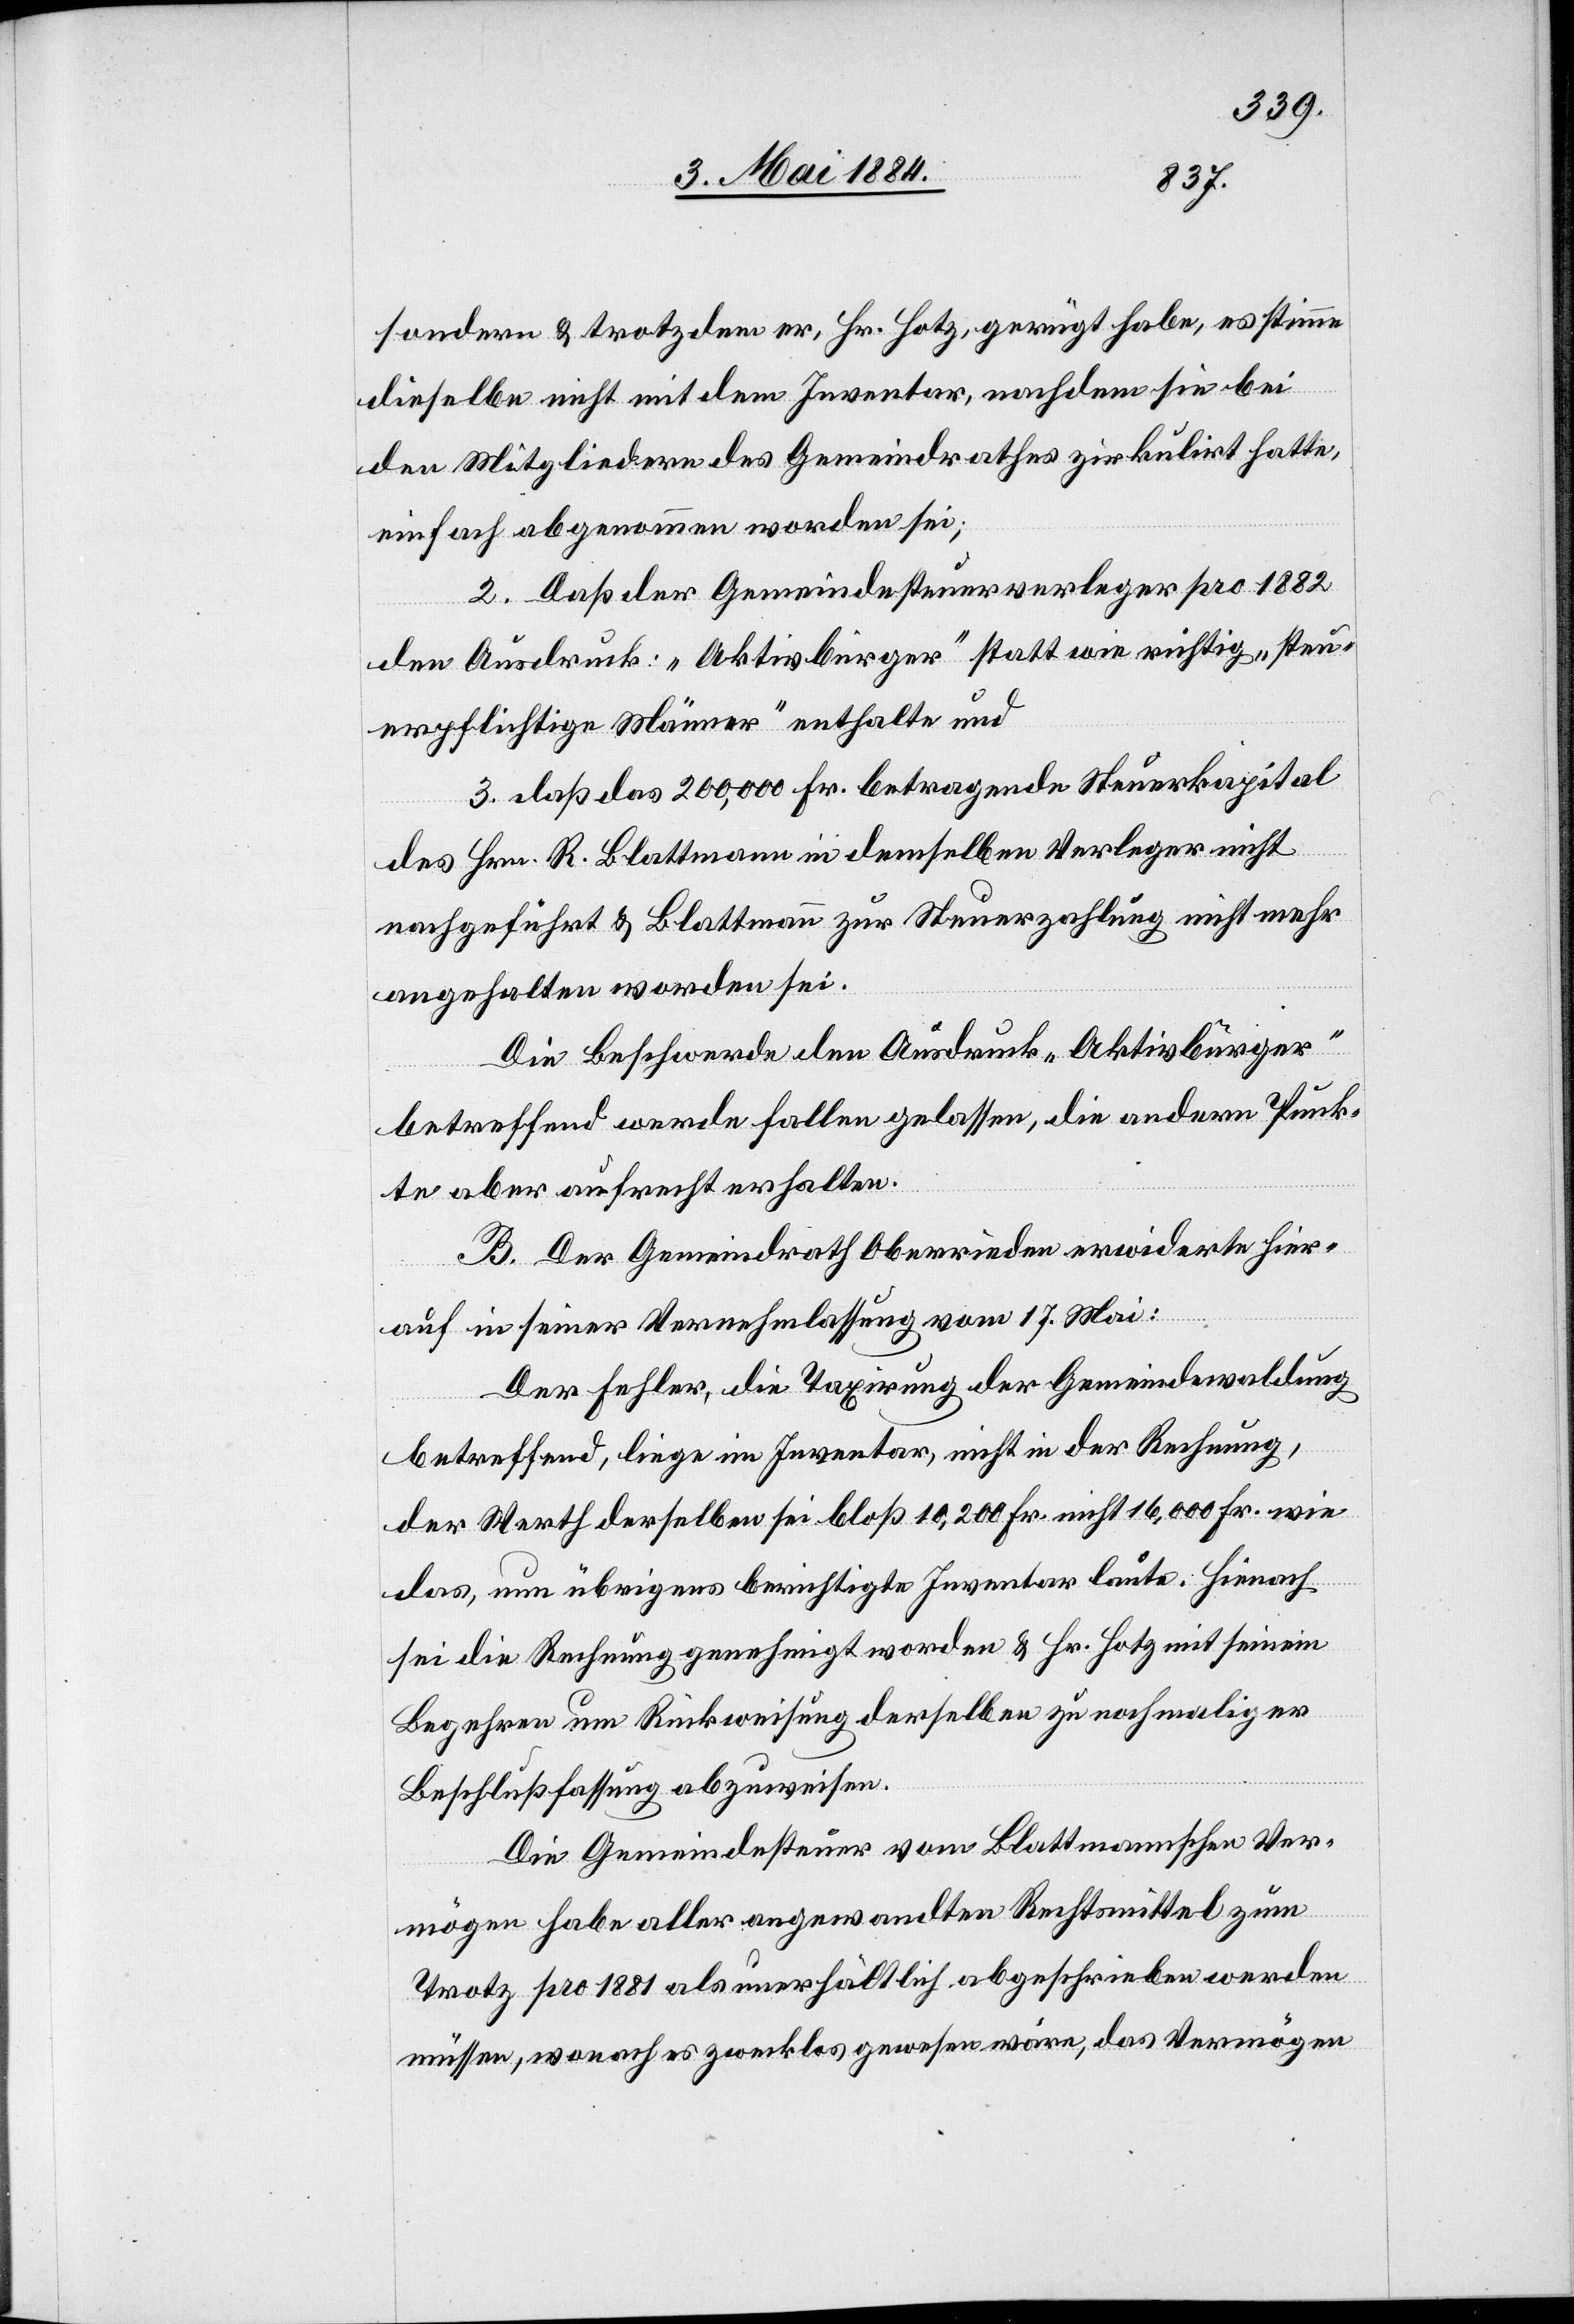
sondern & trotzdem er, Hr. Hotz, gerügt habe, es stimme
dieselbe nicht mit dem Inventar, nachdem sie bei
den Mitgliedern des Gemeindrathes zirkulirt hatte,
einfach abgenommen worden sei;
2. Daß der Gemeindesteuerverleger pro 1882
den Ausdruck: „Aktivbürger“ statt wie richtig „steu¬
erpflichtiger Männer“ enthalte und
3. daß das 200,000 Fr. betragende Steuerkapital
des Hrn. R. Blattmann in demselben Verleger nicht
nachgeführt & Blattmann zur Steuerzahlung nicht mehr
angehalten worden sei.
Die Beschwerde den Ausdruck „Aktivbürger“
betreffend werde fallen gelassen, die andern Punk¬
te aber aufrecht erhalten.
B. Der Gemeindrath Oberrieden erwiderte hier¬
auf in seiner Vernehmlassung vom 17. Mai:
Der Fehler, die Taxirung der Gemeindwaldung
betreffend, liege im Inventar, nicht in der Rechnung,
der Werth derselben sei bloß 10,000 Fr. nicht 16,000 Fr. wie
das, nun übrigens berichtigte Inventar laute. Hienach
sei die Rechnung genehmigt worden & Hr. Hotz mit seinem
Begehren um Rückweisung derselben zu nochmaliger
Beschlußfassung abzuweisen.
Die Gemeindesteuer vom Blattmannschen Ver¬
mögen habe aller angewandten Rechtsmittel zum
Trotz pro 1881 als unerhältlich abgeschrieben werden
müssen, wonach es zwecklos gewesen wäre, das Vermögen